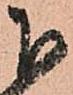
下